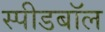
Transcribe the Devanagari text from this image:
स्पीडबॉल